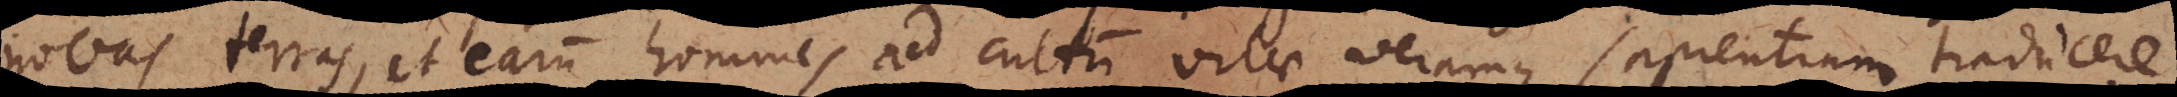
novas terras, et earum homines ad cultum vitae veramque sapientiam traducere.